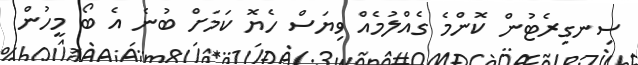
ސިނގިރެޓުން ކޮންމެ ގެއްލުމެއް ވިޔަސް ހެޔޮ ކަަމަށް ބުނެ އެ ބޯ މީހުން